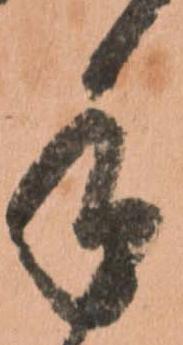
手